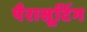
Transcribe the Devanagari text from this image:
पैरासूटिंग